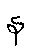
န